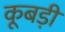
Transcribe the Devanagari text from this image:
कूबड़ी